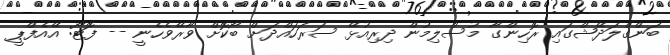
ބަންގްލަދޭޝްގައި ރޮހިންގާ މުސްލިމުން ދިރިއުޅޭ ސަރަހައްދަށް ބޯކޮށް ވާރޭވެހެނީ -- ފޮޓޯ: އޭއެފްޕީ